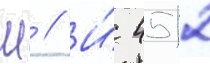
Ш // И́ 4512